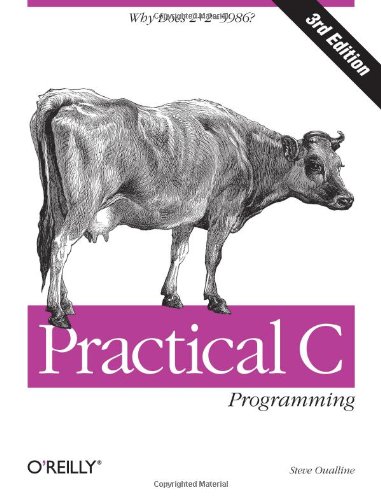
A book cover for Practical C Programming (Nutshell Handbooks); Steve Oualline; Computers & Technology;